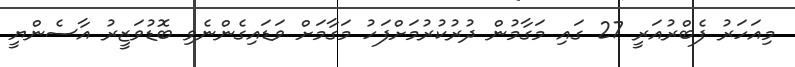
މިއަހަރު ފެބްރުއަރީ 27 ގައި މަގާމުން ދުރުކުރުމަށްފަހު މަގާމަށް ވަޑައިގެންނެވި ބޮޑުވަޒީރު އާސެންޔީ